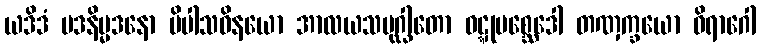
ယဒိဒံ မဒနိမ္မဒနော ပိပါသဝိနယော အာလယသမုဂ္ဃါတော ဝဋ္ဋုပစ္ဆေဒေါ တဏှက္ခယော ဝိရာဂေါ